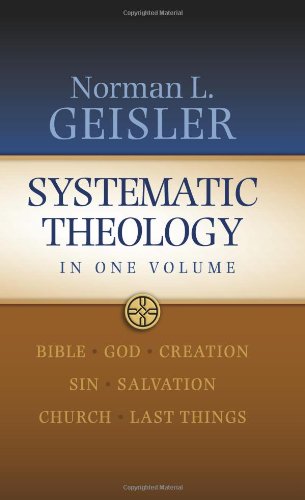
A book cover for Systematic Theology: In One Volume; Norman L. Geisler; Christian Books & Bibles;